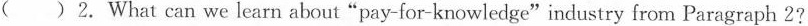
( ) 2. What can we learn about "pay-for-knowledge"industry from Paragraph 2?